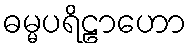
ဓမ္မပရိဠာဟော